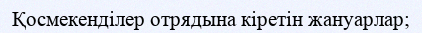
Қосмекенділер отрядына кіретін жануарлар;